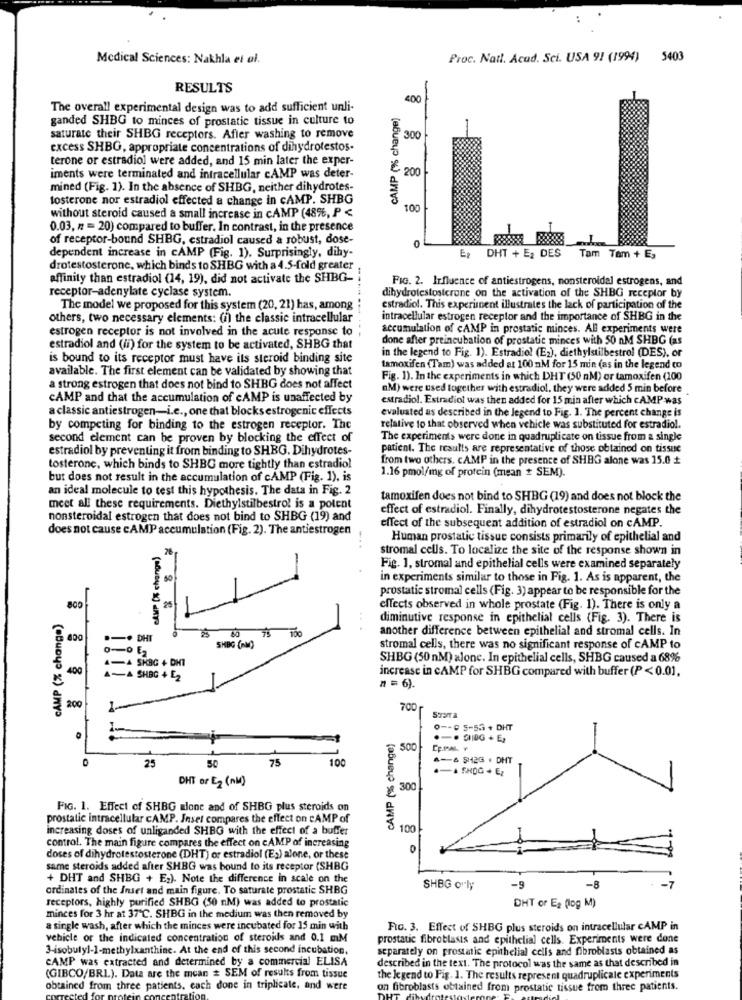
Medical Sciences: Nakhla et al.
Proc. Natl. Acud. Sci. USA 91 (1994) 5403
RESULTS
400
-
The overall experimental design was to add sufficient unli-
CAMP (% change)
ganded SHBG to minces of prostatic tissue in culture to
saturate their SHBG receptors. After washing to remove
300
excess SHBG, appropriate concentrations of dihydrotestos.
terone or estradiol were added, and 15 min later the exper-
200
iments were terminated and intracellular cAMP was deter-
mined (Fig. 1). In the absence of SHBG, neither dihydrotes-
fosterone nor estradiol effected a change in CAMP. SHBG
100
without steroid caused a small increase in cAMP (48%, P <
0.03, n = 20) compared to buffer. In contrast, in the presence
of receptor-bound SHBG, estradiol caused a robust, dose-
dependent increase in cAMP (Fig. 1). Surprisingly, dihy-
0
E: DHT + E2 DES
Tam Tem + E,
drotestosterone, which binds to SHBG with a 4.5-fold greater
affinity than estradiol (14, 19), did not activate the SHBG-
--..
FIG. 2. Influence of antiestrogens, nonsteroidal estrogens, and
receptor-adenylate cyclase system.
dihydrotestosterone on the activation of the SHBG receptor by
The model we proposed for this system (20, 21) has, among
estradiol. This experiment illustrates the lack of participation of the
others, two necessary elements: (1) the classic intracellular
intracellular estrogen receptor and the importance of SHBG in the
estrogen receptor is not involved in the acute response to
accumulation of CAMP in prostatic minces. AB experiments were
done after preincubation of prostatic minces with 50 nM SHBG (as
estradiol and (ii) for the system to be activated, SHBG that
in the legend to Fig. 1). Estradiol (E2), diethylstilbestrol (DES), or
is bound to its receptor must have its steroid binding site
available. The first element can be validated by showing that
tamoxifen (Tam) was added at 100 mM for 15 min (as in the legend to
Fig. 1). In the experiments in which DHT (50 M) or tamoxifen (100
a strong estrogen that does not bind to SHBG does not affect
nM) were used together with estradiol, they were added 5 min before
CAMP and that the accumulation of cAMP is unaffected by
estradiol. Estradiol was then added for 15 min after which CAMP was
a classic antiestrogen-i.e ., one that blocks estrogenic effects
evaluated as described in the legend to Fig. 1. The percent change is
by competing for binding to the estrogen receptor. The
relative to that observed when vehicle was substituted for estradiol.
second element can be proven by blocking the effect of
The experiments were done in quadruplicate on tissue from a single
estradiol by preventing it from binding to SHBG. Dihydrotes-
patient. The results are representative of those obtained on tissue
from two others. cAMP in the presence of SHBG alone was 15.0
tosterone, which binds to SHBG more tightly than estradiol
1.16 pmol/mg of protein (mean + SEM).
but does not result in the accumulation of cAMP (Fig. 1), is
an ideal molecule to test this hypothesis. The data in Fig. 2
tamoxifen does not bind to SHBG (19) and does not block the
meet all these requirements. Diethylstilbestrol is a potent
effect of estradiol. Finally, dihydrotestosterone negates the
nonsteroidal estrogen that does not bind to SHBG (19) and
does not cause cAMP accumulation (Fig. 2). The antiestrogen
effect of the subsequent addition of estradiol on cAMP.
Human prostatic tissue consists primarily of epithelial and
76
stromal cells. To localize the site of the response shown in
-
Fig. 1, stromal and epithelial cells were examined separately
in experiments similar to those in Fig. 1. As is apparent, the
prostatic stromal cells (Fig. 3) appear to be responsible for the
800
effects observed in whole prostate (Fig. 1). There is only a
CAMP (% change)
-
diminutive response in epithelial cells (Fig. 3). There is
another difference between epithelial and stromal cells. In
800
.-. DHT
SHBG (RM)
stromal cells, there was no significant response of cAMP to
4-A SKBG + DHT
SHBG (50 nM) alone. In epithelial cells, SHBG caused a 68%
400
increase in CAMP for SHBG compared with buffer (P < 0.01.
A-A SHBG 4 E2
n = 6).
200
700
SOSTA
0 -- 0 5-53 + DHT
(% change)
500
75
100
4- 4 942G . DHT
25
50
8
DHT or E2 (nl)
ye 300
FIG. 1. Effect of SHBG alone and of SHBG plus steroids on
prostatic intracellular CAMP. Insel compares the effect on cAMP of
increasing doses of unliganded SHBG with the effect of a buffer
100
control. The main figure compares the effect on cAMP of increasing
doses of dihydrotestosterone (DHT) or estradiol (Es) alone, or these
same steroids added after SHBG was bound to its receptor (SHBG
+ DHT and SHBG + E;). Note the difference in scale on the
ordinates of the Inset and main figure. To saturate prostatic SHBG
SHBG orly
-9
-8
receptors, highly purified SHBG (50 nM) was added to prostatic
DHT or E2 (log M)
minces for 3 hr at 37 ℃. SHBG in the medium was then removed by
a single wash, after which the minces were incubated for 15 min with
FIG. 3. Effect of SHBG plus steroids on intracellular cAMP in
vehicle or the indicated concentration of steroids and 0.1 mM
prostatic fibroblasis and epithelial cells. Experiments were done
3-isobutyl-1-methylxanthine. At the end of this second incubation.
separately on prostatic epithelial cells and fibroblasts obtained as
CAMP was extracted and determined by a commercial ELISA
described in the text. The protocol was the same as that described in
(GIBCO/BRL). Data are the mean # SEM of results from tissue
the legend to Fig. 1. The results represent quadruplicale experiments
obtained from three patients. cach done in triplicate, and were
on fibroblasts obtained from prostatic tissue from three patients.